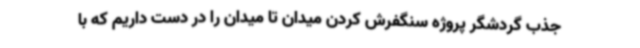
جذب گردشگر پروژه سنگفرش کردن میدان تا میدان را در دست داریم که با